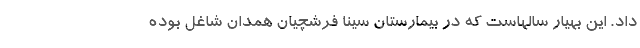
داد. این بهیار سالهاست که در بیمارستان سینا فرشچیان همدان شاغل بوده